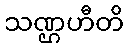
သဏ္ဌဟီတိ